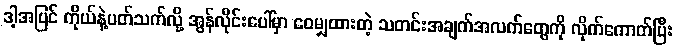
ဒါ့အပြင် ကိုယ်နဲ့ပတ်သက်လို့ အွန်လိုင်းပေါ်မှာ ဝေမျှထားတဲ့ သတင်းအချက်အလက်တွေကို လိုက်ကောက်ပြီး